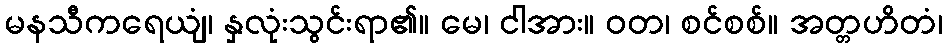
မနသီကရေယျံ၊ နှလုံးသွင်းရာ၏။ မေ၊ ငါအား။ ဝတ၊ စင်စစ်။ အတ္တဟိတံ၊